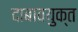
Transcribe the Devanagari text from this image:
दाबावयुक्त